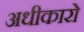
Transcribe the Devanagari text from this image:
अधीकारो